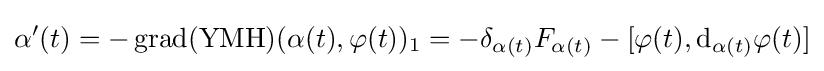
\alpha '(t)=-\operatorname {grad} (\operatorname {YMH} )(\alpha (t),\varphi (t))_{1}=-\delta _{\alpha (t)}F_{\alpha (t)}-[\varphi (t),\mathrm {d} _{\alpha (t)}\varphi (t)]